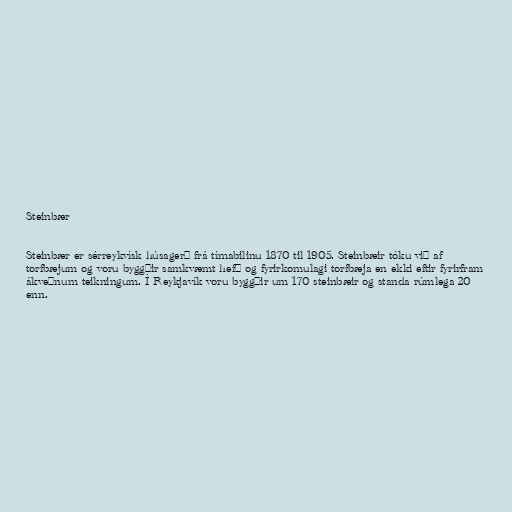
Steinbær

Steinbær er sérreykvísk húsagerð frá tímabilinu 1870 til 1905. Steinbæir tóku við af
torfbæjum og voru byggðir samkvæmt hefð og fyrirkomulagi torfbæja en ekki eftir fyrirfram
ákveðnum teikningum. Í Reykjavík voru byggðir um 170 steinbæir og standa rúmlega 20
enn.